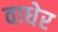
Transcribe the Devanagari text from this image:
वाधेर